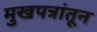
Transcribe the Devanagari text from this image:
मुखपत्रांतून